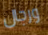
ورجال